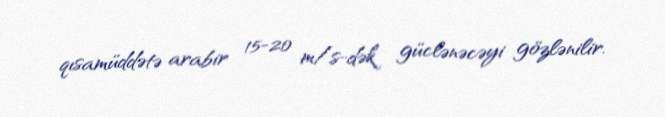
qısamüddətə arabir 15-20 m/s-dək güclənəcəyi gözlənilir.